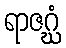
ရာဇဂ္ဃံ